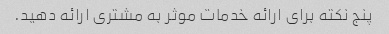
پنج نکته برای ارائه خدمات موثر به مشتری ارائه دهید.